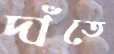
দাঁতে